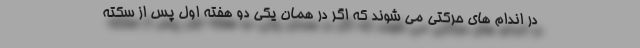
در اندام های حرکتی می شوند که اگر در همان یکی دو هفته اول پس از سکته